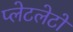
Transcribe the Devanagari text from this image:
प्‍लेटलेटों